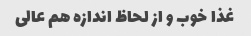
غذا خوب و از لحاظ اندازه هم عالی